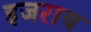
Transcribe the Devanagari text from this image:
इजराय